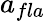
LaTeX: a_{fla}